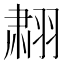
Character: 𬚄